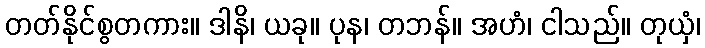
တတ်နိုင်စွတကား။ ဒါနိ၊ ယခု။ ပုန၊ တဘန်။ အဟံ၊ ငါသည်။ တုယှံ၊